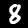
Label: 8